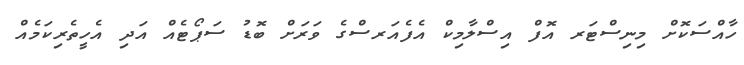
ހާއްސަކޮށް މިނިސްޓަރ އޮފް އިސްލާމިކް އެފެއަރސްގެ ވަރަށް ބޮޑު ސަޕޯޓެއް އަދި އެހީތެރިކަމެއް